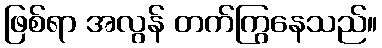
ဖြစ်ရာ အလွန် တက်ကြွနေသည်။